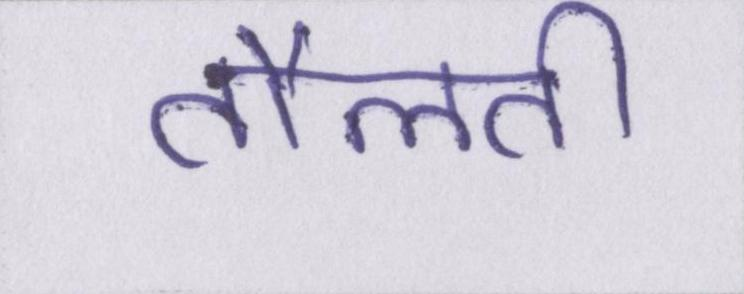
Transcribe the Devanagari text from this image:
तौलती